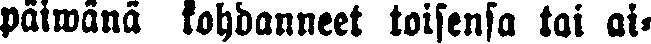
päiwanä kohdanneet toisensa tai ai-